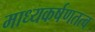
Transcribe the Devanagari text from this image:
माध्यकर्षणतत्व